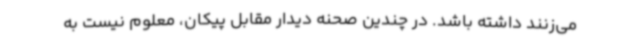
می‌زنند داشته باشد. در چندین صحنه دیدار مقابل پیکان، معلوم نیست به